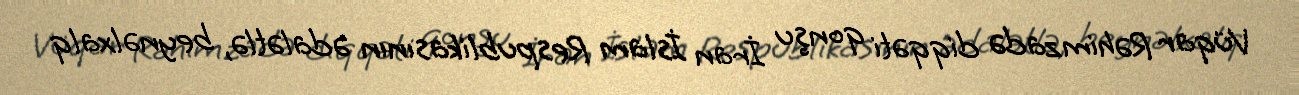
Vüqar Rəhimzadə diqqəti qonşu İran İslam Respublikasının ədalətlə, beynəlxalq